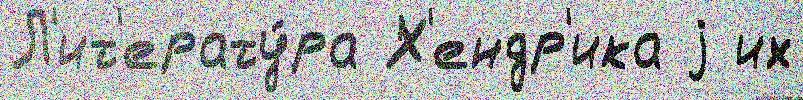
Л'ит'ерату́ра Х'ендр'ика j их